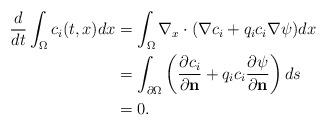
LaTeX: \begin{align*}\frac{d}{dt}\int_{\Omega}c_i(t, x)dx & =\int_{\Omega} \nabla_x \cdot( \nabla c_i +q_ic_i \nabla \psi)dx \\& =\int_{\partial \Omega} \left(\frac{\partial c_i}{\partial \textbf{n}}+q_i c_i \frac{\partial \psi}{\partial \textbf{n}} \right) ds \\&=0.\end{align*}